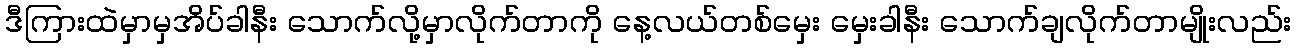
ဒီကြားထဲမှာမှအိပ်ခါနီး သောက်လို့မှာလိုက်တာကို နေ့လယ်တစ်မှေး မှေးခါနီး သောက်ချလိုက်တာမျိုးလည်း